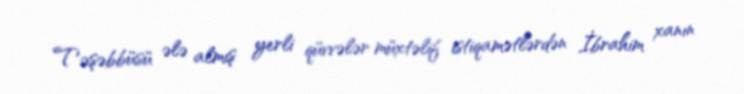
Təşəbbüsü ələ almış yerli qüvvələr müxtəlif istiqamətlərdən İbrahim xanın